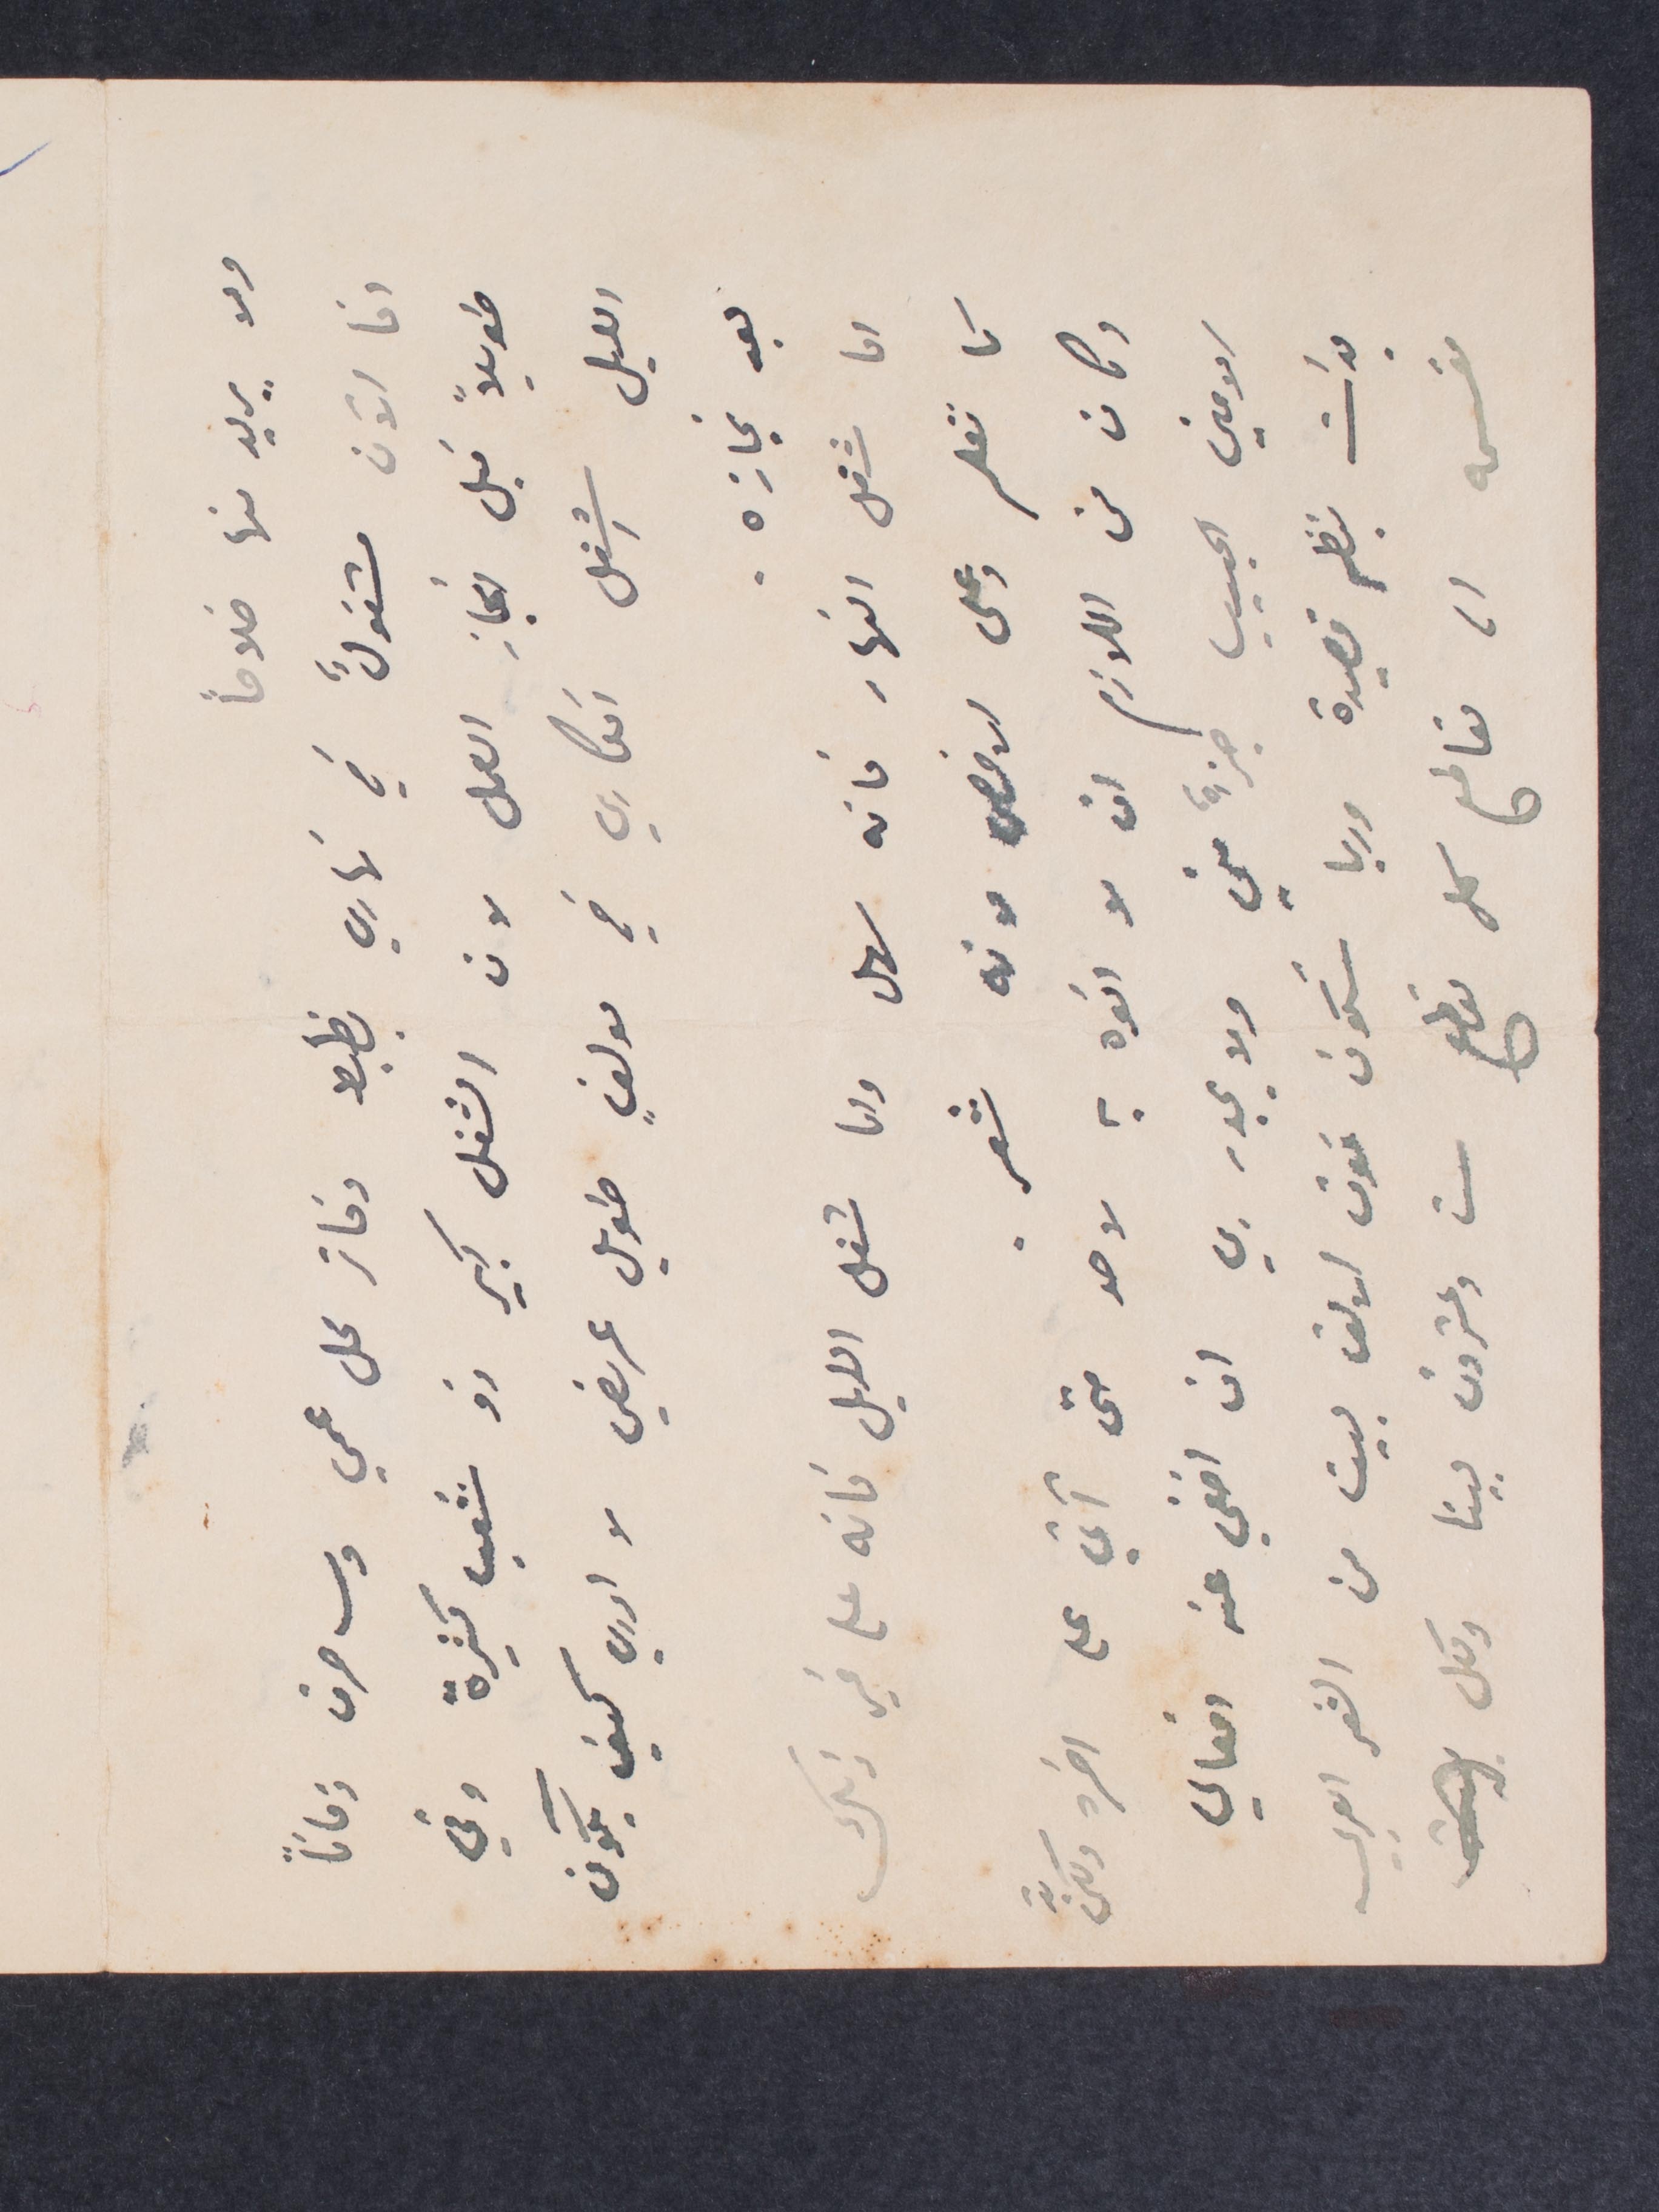
ولا يريد منها خلافًا
أنا الآن مشغولٌ في بخاري يضبط دفاتر محل عمي وساحرق زمانًا
طويلًا قبل انجاز العمل لان الشغل كبير ذو شعب كثيرة وفي
الليل اشغل افكاري في مولف طويل عريض لا ادري كيف يكون
بعد نجازه.
اما شغل النهار فانه سهل واما شغل الليل فانه علم غير ذلك
كما تعلم وعملي ارفض موته شعر.
وكان من اللازم ان انوه به لاحد حتى آتي على آخره ولكنّ
الأمين الحبيب جزءٌ مني ولا يجدر ان اخفي عنه افعالي
بدات بنظم قصيدة وربما ستكون فوق الالف بين من الشعر العربي
مقسمة الى مقاطع كل مقطع ست وعشرون بيتا ولكل